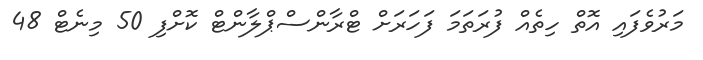
މަރުވެފައި އޮތް ހިތެއް ފުރަތަމަ ފަހަރަށް ޓްރާންސްޕްލާންޓް ކޮށްފި 50 މިނެޓް 48